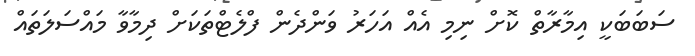
ސަބަބަކީ އިމާރާތް ކޮށް ނިމި އެއް އަހަރު ވަންދެން ފްލެޓްތަކަށް ދިމާވާ މައްސަލަތައް